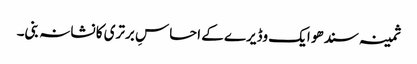
ثمینہ سندھو ایک وڈیرے کے احساسِ برتری کا نشانہ بنی۔